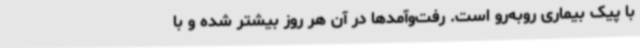
با پیک بیماری روبه‌رو است. رفت‌وآمدها در آن هر روز بیشتر شده و با